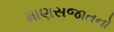
માણસજાતનો